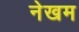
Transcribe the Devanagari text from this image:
नेखम